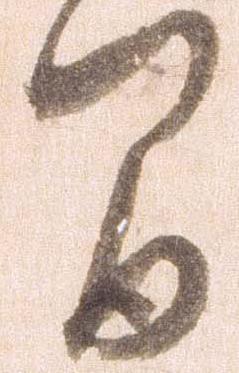
間